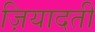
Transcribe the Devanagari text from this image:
ज़ियादती